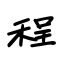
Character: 程